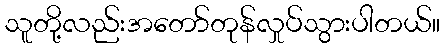
သူတို့လည်းအတော်တုန်လှုပ်သွားပါတယ်။